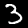
Digit: 3